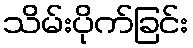
သိမ်းပိုက်ခြင်း